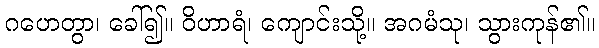
ဂဟေတွာ၊ ခေါ်၍။ ဝိဟာရံ၊ ကျောင်းသို့။ အဂမံသု၊ သွားကုန်၏။